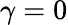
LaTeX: \gamma=0